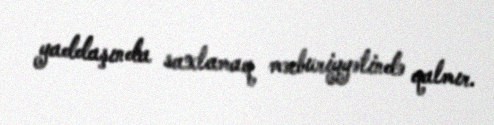
yaddaşında saxlamaq məcburiyyətində qalmır.